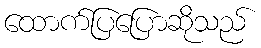
ထောက်ပြပြောဆိုသည်